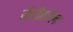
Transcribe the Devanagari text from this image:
गैरीकॉल्ट